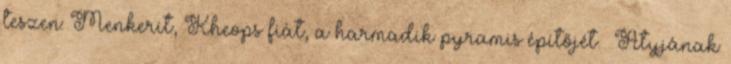
teszen: Menkerit, Kheops fiát, a harmadik pyramis építőjét. «Atyjának